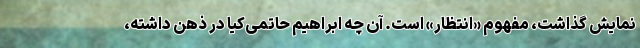
نمایش گذاشت، مفهوم «انتظار» است. آن چه ابراهیم حاتمی‌کیا در ذهن داشته،